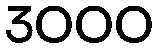
3000